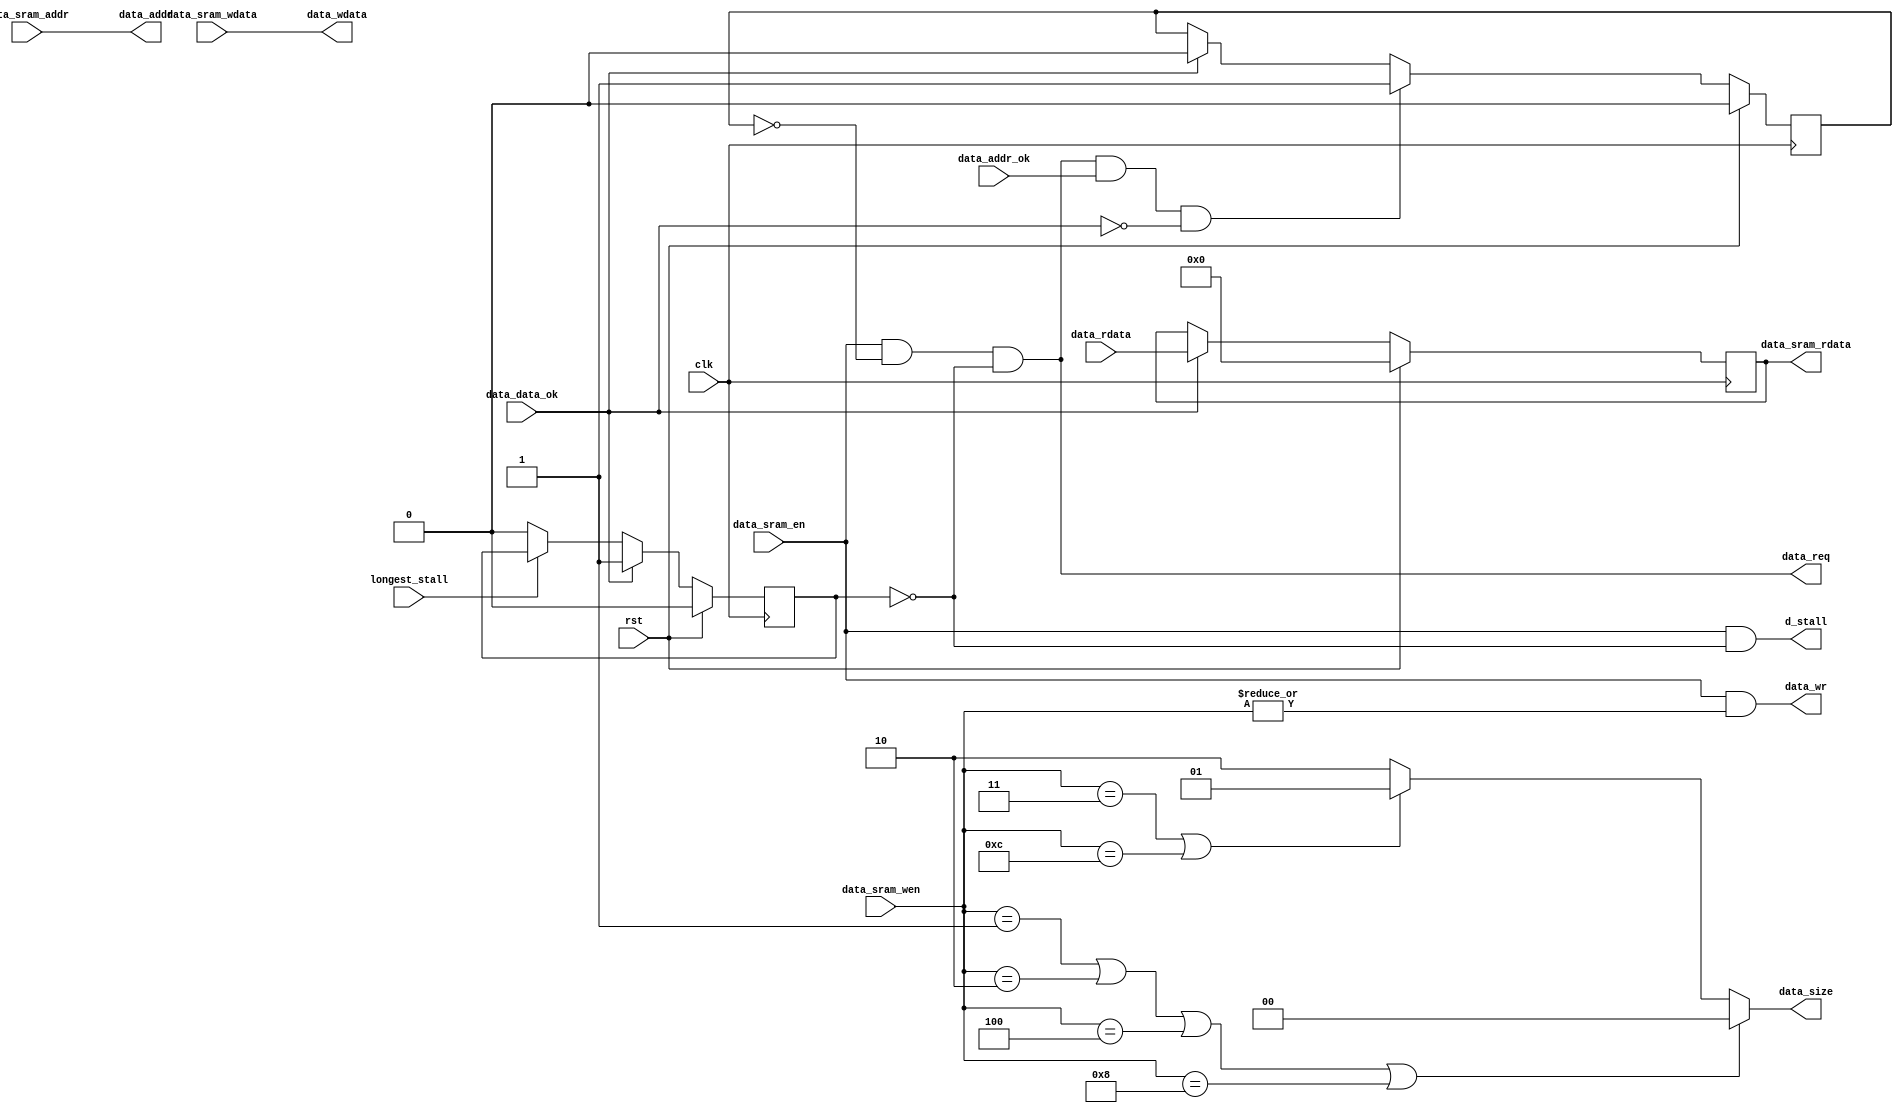
`timescale 1ns / 1ps
//////////////////////////////////////////////////////////////////////////////////
// Company: 
// Engineer: 
// 
// Design Name: 
// Module Name: data_sram_like
// Project Name: 
// Target Devices: 
// Tool Versions: 
// Description: 
// 
// Dependencies: 
// 
// Revision:
// Revision 0.01 - File Created
// Additional Comments:
// 
//////////////////////////////////////////////////////////////////////////////////


module data_sram_like(
    input wire clk, rst,
    //sram
    input wire data_sram_en,
    input wire [31:0] data_sram_addr,
    output wire [31:0] data_sram_rdata,
    input wire [3:0] data_sram_wen,
    input wire [31:0] data_sram_wdata,
    output wire d_stall,

    //sram like
    output wire data_req,    //
    output wire data_wr,
    output wire [1:0] data_size,
    output wire [31:0] data_addr,   
    output wire [31:0] data_wdata,

    input wire [31:0] data_rdata,
    input wire data_addr_ok,
    input wire data_data_ok,

    input wire longest_stall
    );
    
       reg addr_rcv;      //
    reg do_finish;     //

    always @(posedge clk) begin
        addr_rcv <= rst          ? 1'b0 :
                    data_req & data_addr_ok & ~data_data_ok ? 1'b1 :    //data_reqaddr_rcvaddr_okdata_okdata_ok
                    data_data_ok ? 1'b0 : addr_rcv;
    end

    always @(posedge clk) begin
        do_finish <= rst          ? 1'b0 :
                     data_data_ok ? 1'b1 :
                     ~longest_stall ? 1'b0 : do_finish;
    end

    //save rdata
    reg [31:0] data_rdata_save;
    always @(posedge clk) begin
        data_rdata_save <= rst ? 32'b0:
                           data_data_ok ? data_rdata : data_rdata_save;
    end

    //sram like
    assign data_req = data_sram_en & ~addr_rcv & ~do_finish;
    assign data_wr = data_sram_en & |data_sram_wen;
    assign data_size = (data_sram_wen==4'b0001 || data_sram_wen==4'b0010 || data_sram_wen==4'b0100 || data_sram_wen==4'b1000) ? 2'b00:
                       (data_sram_wen==4'b0011 || data_sram_wen==4'b1100 ) ? 2'b01 : 2'b10;
    assign data_addr = data_sram_addr;
    assign data_wdata = data_sram_wdata;

    //sram
    assign data_sram_rdata = data_rdata_save;
    assign d_stall = data_sram_en & ~do_finish;
    
endmodule